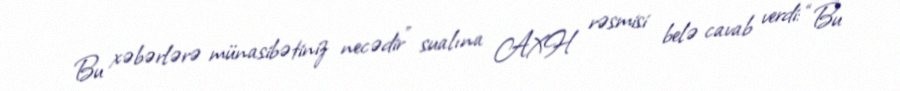
Bu xəbərlərə münasibətiniz necədir” sualına AXH rəsmisi belə cavab verdi: “Bu